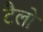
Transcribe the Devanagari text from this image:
टैलो